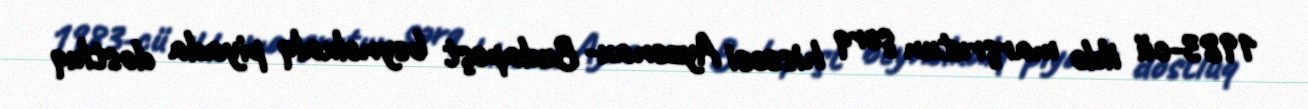
1983-cü ildə marşrutun şərq hissəsi Ayzenax- Budapeşt beynəlxalq piyada dostluq